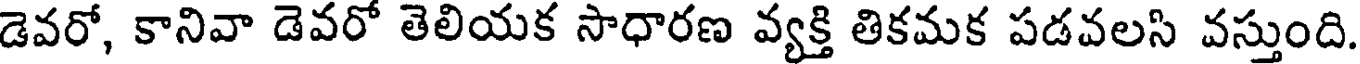
డెవరో, కానివా డెవరో తెలియక సాధారణ వ్యక్తి తికమక పడవలసి వస్తుంది